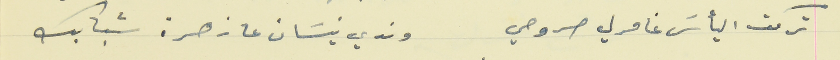
تركت اليأسَ غامرلي صروحي                                  وندي نيسَان عا زهرة شبابك